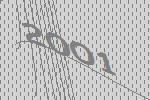
2001